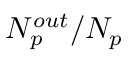
N _ { p } ^ { o u t } / N _ { p }